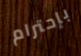
بإحترام